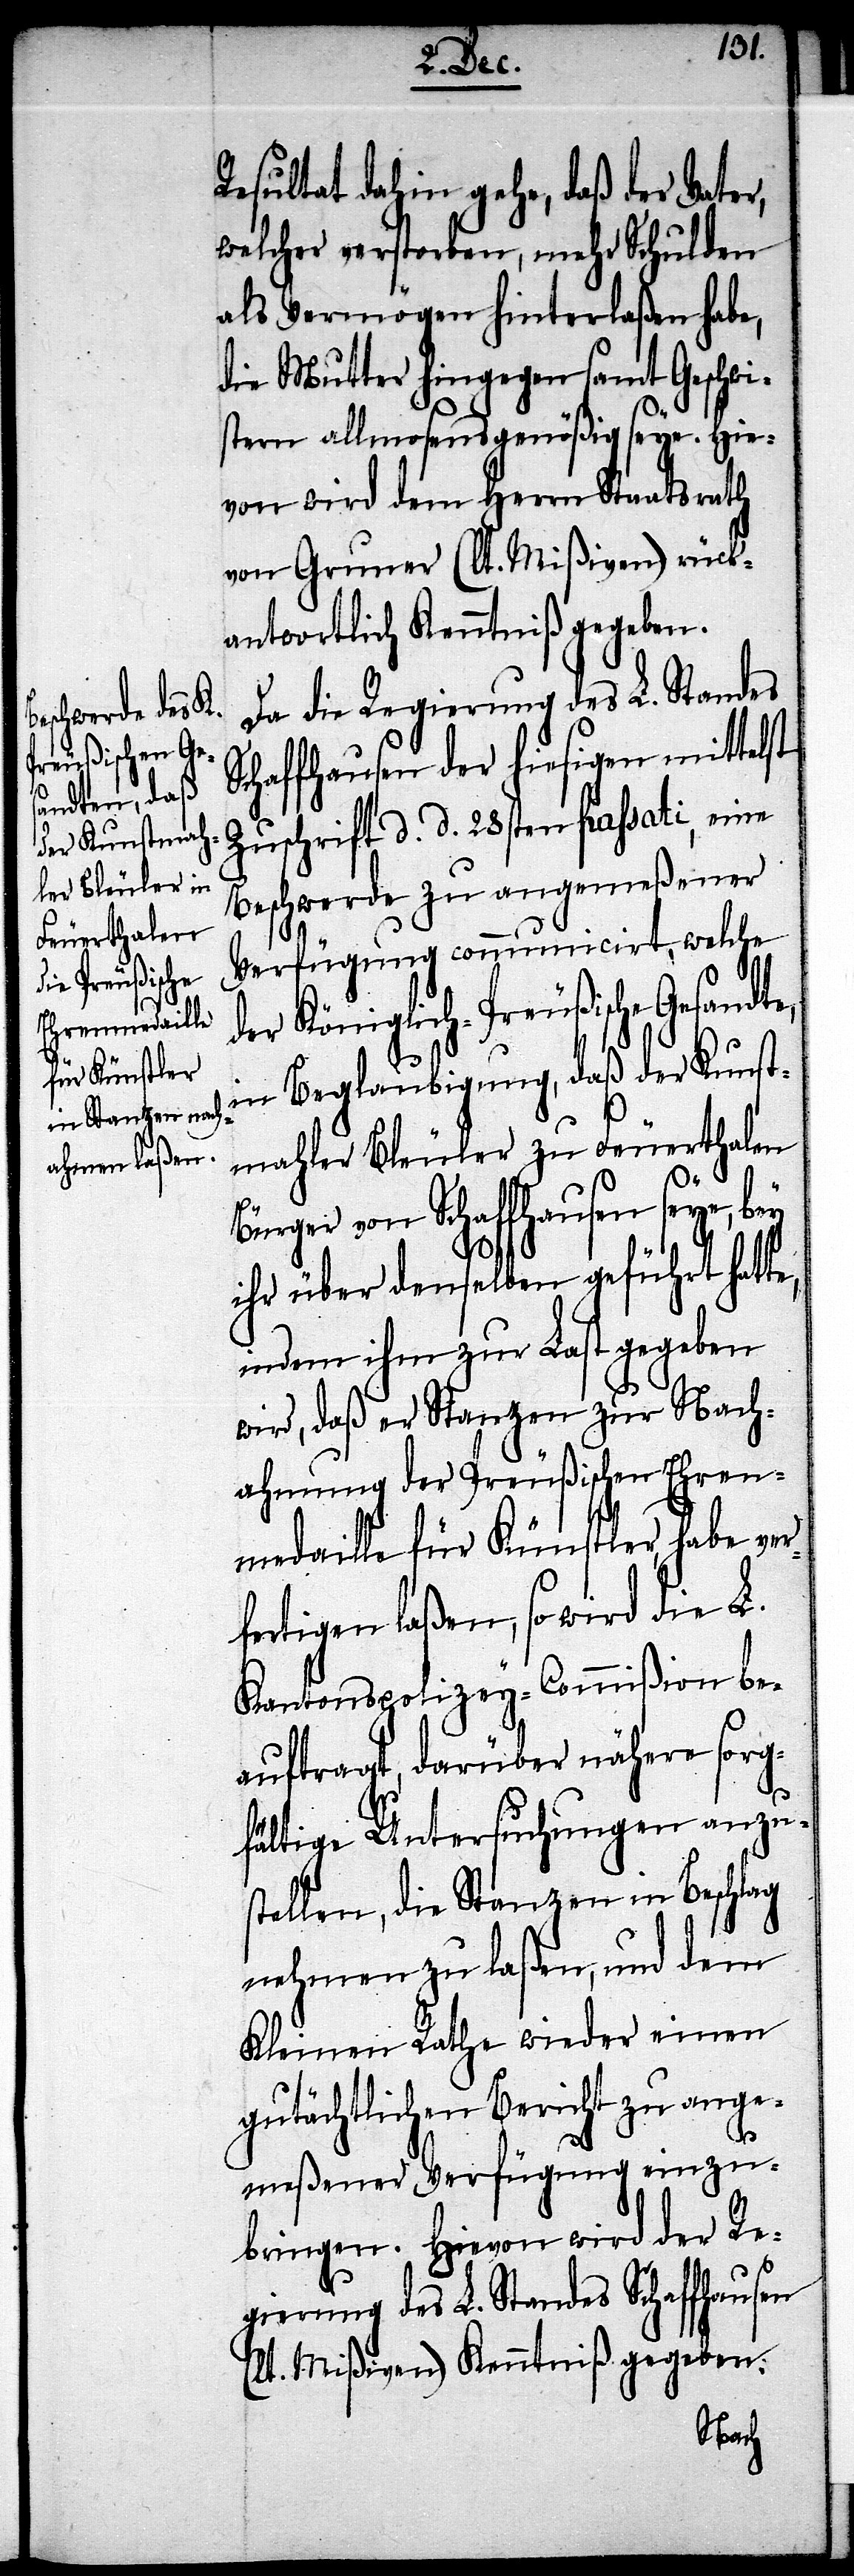
Resultat dahin gehe, daß der Vater,
welcher verstorben, mehr Schulden
als Vermögen hinterlaßen habe,
die Mutter hingegen samt Geschwi¬
stern allmosensgenößig seye. Hie¬
von wird dem Herrn Staatsrath
von Gruner (lt. Mißiven) rück¬
antwortlich Kenntniß gegeben.
Da die Regierung des L. Standes
Schaffhausen der hiesigen mittelst
Zuschrift d. d. 28sten passati, eine
Beschwerde zu angemeßener
Verfügung communicirt, welche
der Königlich-Preußische Gesandte,
in Beglaubigung, daß der Kunst¬
mahler Bleuler zu Feuerthalen
von Schaffhausen seye, bey
ihr über denselben geführt hatte,
in dem ihm zur Last gegeben
wird, daß er Stanzen zur Nach¬
ahmung der Preußischen Ehren¬
medaille für Künstler, habe ver¬
fertigen laßen, so wird die L.
Kantonspolizey-Commißion be¬
auftragt, darüber nähere sorg¬
fältige Untersuchungen anzu¬
stellen, die Stanzen in Beschlag
nehmen zu laßen, und dem
Kleinen Rath wieder einen
gutächtlichen Bericht zu ange¬
meßener Verfügung einzu¬
bringen. Hievon wird der Re¬
gierung des Standes Schaffhausen
(lt. Mißiven) Kenntniß gegeben.